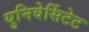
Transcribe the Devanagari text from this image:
युनिवेर्सिटेट